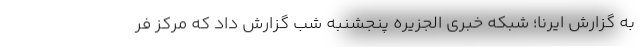
به گزارش ایرنا؛ شبکه خبری الجزیره پنجشنبه شب گزارش داد که مرکز فر